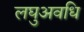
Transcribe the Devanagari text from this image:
लघुअवधि